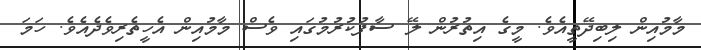
މާމުއިން ލިބިދޭތީއެވެ. މީގެ އިތުރުން ލޭ ސާފުކުރުމުގައި ވެސް މާމުއިން އެހީތެރިވެދެއެވެ. ހަމަ